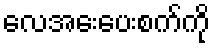
လေအေးပေးစက်ကို